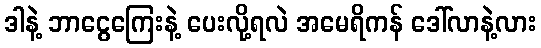
ဒါနဲ့ ဘာငွေကြေးနဲ့ ပေးလို့ရလဲ အမေရိကန် ဒေါ်လာနဲ့လား